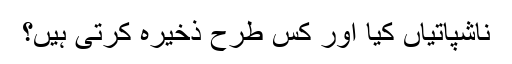
ناشپاتیاں کیا اور کس طرح ذخیرہ کرتی ہیں؟